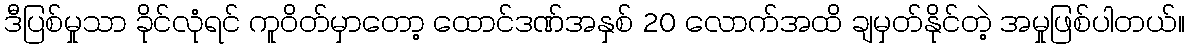
ဒီပြစ်မှုသာ ခိုင်လုံရင် ကူဝိတ်မှာတော့ ထောင်ဒဏ်အနှစ် 20 လောက်အထိ ချမှတ်နိုင်တဲ့ အမှုဖြစ်ပါတယ်။